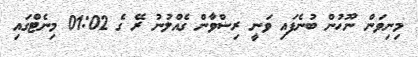
މިނިވަން ނޫހުން ބުނެފައި ވަނީ ރިޟްވާން ގެއްލުނު ރޭ ގެ 01:02 މިނެޓްގައި